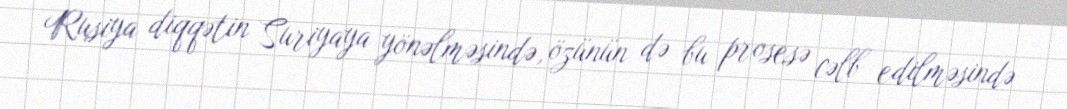
Rusiya diqqətin Suriyaya yönəlməsində, özünün də bu prosesə cəlb edilməsində